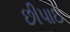
છીપાઇ